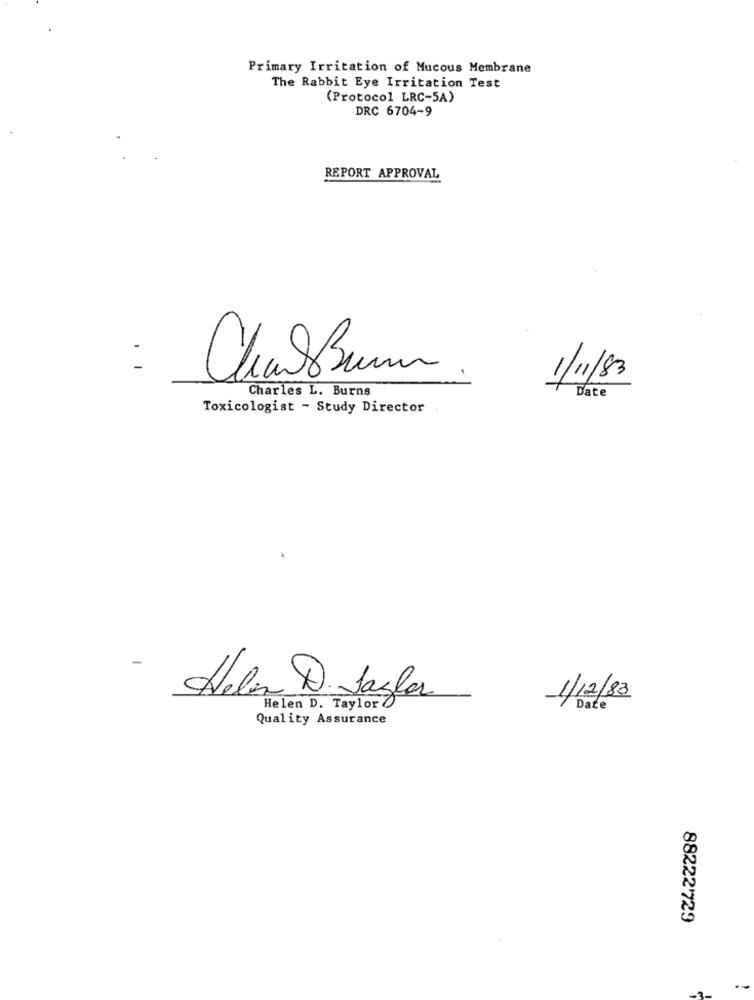
Primary Irritation of Mucous Membrane
The Rabbit Eye Irritation Test
(Protocol LRC-5A)
DRC 6704-9
REPORT APPROVAL
.
CharBurn
1/11/83
Charles L. Burns
Date
Toxicologist - Study Director
-
Helen D. Jagler
1/12/83
Helen D. Taylor &
Date
Quality Assurance
88222'729